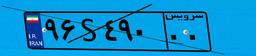
۳۰S۱۸۸۹۱